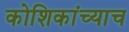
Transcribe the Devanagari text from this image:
कोशिकांच्याच